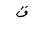
Letter: _qaf